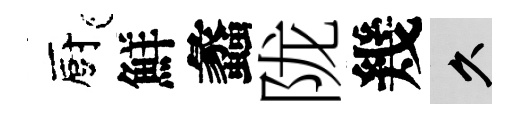
廚鮮蠡陇幾久